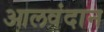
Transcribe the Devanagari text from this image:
आलवंदान